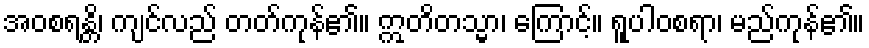
အဝစရန္တိ၊ ကျင်လည် တတ်ကုန်၏။ ဣတိတသ္မာ၊ ကြောင့်။ ရူပါဝစရာ၊ မည်ကုန်၏။